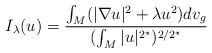
\begin{align*} I_\lambda(u)=\frac{\int_M (|\nabla u|^2+\lambda u^2) dv_g}{(\int_M |u|^{2^\star})^{2/2^\star}} \end{align*}